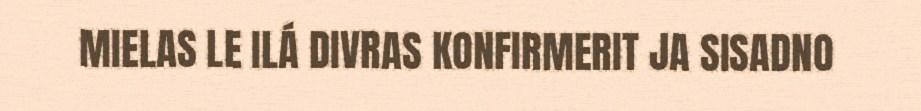
MIELAS LE ILÁ DIVRAS KONFIRMERIT JA SISADNO